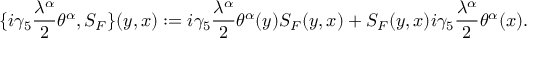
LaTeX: \{ i \gamma _ { 5 } \frac { \lambda ^ { \alpha } } { 2 } \theta ^ { \alpha } , S _ { F } \} ( y , x ) : = i \gamma _ { 5 } \frac { \lambda ^ { \alpha } } { 2 } \theta ^ { \alpha } ( y ) S _ { F } ( y , x ) + S _ { F } ( y , x ) i \gamma _ { 5 } \frac { \lambda ^ { \alpha } } { 2 } \theta ^ { \alpha } ( x ) .